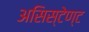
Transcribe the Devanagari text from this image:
असिस्टेण्ट